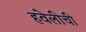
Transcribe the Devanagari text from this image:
हवेलीची